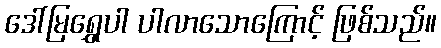
ဒေါ်မြရွှေပါ ပါလာသောကြောင့် ဖြစ်သည်။